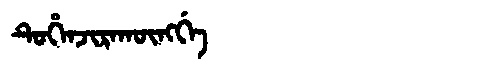
Manchu: ᡨᡠᡥᡝᠨᠵᡳᡵᠠᡴᡡᠩᡤᡝ
Romanization: TUHENJIRAKŪNGGE